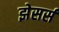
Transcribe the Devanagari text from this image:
झेसर्स